Cultivation of the bacillus of leprosy and the treatment of cases by means of a vaccine prepared from the cultivations - Number 42
Disease focus: Leprosy
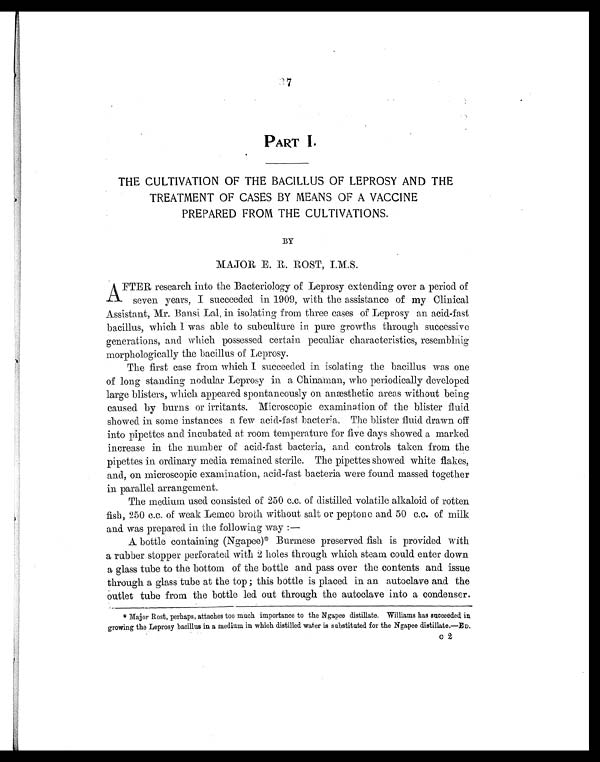
PART I.
THE CULTIVATION OF THE BACILLUS OF LEPROSY AND THE
TREATMENT OF CASES BY MEANS OF A VACCINE
PREPARED FROM THE CULTIVATIONS.
BY
MAJOR E. R. ROST, I.M.S.
A FTER research into the Bacteriology of Leprosy extending over a period of
seven years, I succeeded in 1909, with the assistance of my Clinical
Assistant, Mr. Bansi Lal, in isolating from three cases of Leprosy an acid-fast
bacillus, which I was able to subculture in pure growths through successive
generations, and which possessed certain peculiar characteristics, resemblnig
morphologically the bacillus of Leprosy.
The first case from which I succeeded in isolating the bacillus was one
of long standing nodular Leprosy in a Chinaman, who periodically developed
large blisters, which appeared spontaneously on anæsthetic areas without being
caused by burns or irritants. Microscopic examination of the blister fluid
showed in some instances a few acid-fast bacteria. The blister fluid drawn off
into pipettes and incubated at room temperature for five days showed a marked
increase in the number of acid-fast bacteria, and controls taken from the
pipettes in ordinary media remained sterile. The pipettes showed white flakes,
and, on microscopic examination, acid-fast bacteria were found massed together
in parallel arrangement.
The medium used consisted of 250 c.c. of distilled volatile alkaloid of rotten
fish, 250 c.c. of weak Lemco broth without salt or peptone and 50 c.c. of milk
and was prepared in the following way :—
A bottle containing (Ngapee)* Burmese preserved fish is provided with
a rubber stopper perforated with 2 holes through which steam could enter down
a glass tube to the bottom of the bottle and pass over the contents and issue
through a glass tube at the top ; this bottle is placed in an autoclave and the
Outlet tube from the bottle led out through the autoclave into a condenser.
* Major Rost, perhaps, attaches too much importance to the Ngapee distillate. Williams has succeeded in
growing the Leprosy bacillus in a medium in which distilled water is substituted for the Ngapee distillate.—ED.